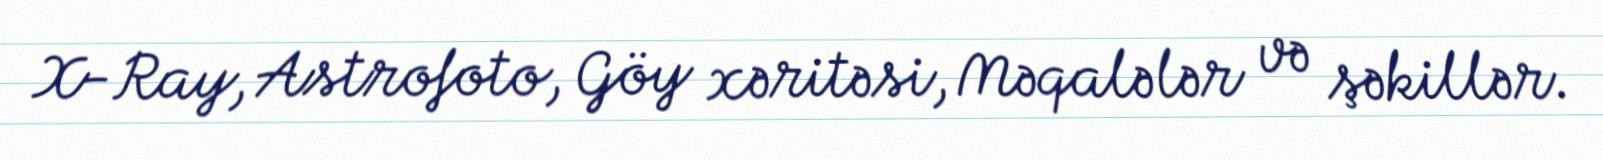
X-Ray, Astrofoto, Göy xəritəsi, Məqalələr və şəkillər.